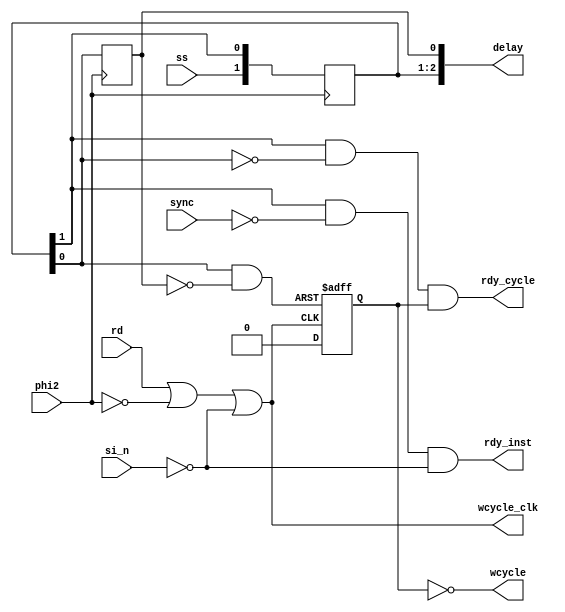
`timescale 1ns / 1ps
//////////////////////////////////////////////////////////////////////////////////
// 
// Design Name: 
// Module Name:    ss_core 
// Project Name: 
// Target Devices: Xilinx XC9500
// Tool versions:  Xilinx ISE 14.7
// Description: 
//
// Dependencies: 
//
// Revision: 
// Revision 0.01 - File Created
// Additional Comments: 
//
//////////////////////////////////////////////////////////////////////////////////
module ss_core(
    input phi2,           // 6502 PHI2 clock
    input sync,           // 6502 SYNC signal
    input rd,             // 6502 R//W signal
    input ss,             // Single step, active high
    input si_n,           // Single step instruction, active low
    output wcycle_clk,
    output wcycle,
    output rdy_cycle,     // RDY for a single cycle
    output rdy_inst,      // RDY until the next instruction
    output [1:3] delay
    );

    wire single_instruction;
    assign single_instruction = ! si_n;  // readability

    //
    // The single step module is stateful, driven primarily by the
    // ss, si_n and phi2 inputs.
    //
    // There is a chain of 3 D type FF's, wired up as a shift register.
    // It stores delayed versions of the ss input:
    // 000 - both buttons up
    // 100 - either button down (cycle 1)
    // 110 - either button down (cycle 2)
    // 111 - either button down (cycles 3+)
    // 011 - button released    (cycle 1)
    // 001 - button released    (cycle 2)
    reg [1:3] ss_delayed = 3'b000;

    always @(negedge phi2) begin
        ss_delayed[1] <= ss;
        ss_delayed[2] <= ss_delayed[1];
    end

    always @(posedge phi2) begin
        ss_delayed[3] <= ss_delayed[2];
    end

    // Assert the RDY signal so long as the SINGLE INSTRUCTION button is pressed and 
    // the 6502 has not yet cycled to the next instruction fetch.
    assign rdy_inst = ss_delayed[1] && ! sync && single_instruction;

    //
    // Mongrel FF at bottom of schematic appears to set/reset around read/write cycles.
    // It doesn't seem to work the way the manual describes it. Implementing it the same
    // way as the schematic. Maybe I'll nut it out in the future.
    //
    reg wc_n;
    wire wc_clk;
    wire wc_preset;

    assign wc_clk = (rd || ! phi2) || single_instruction;

    // Asserted during button down cycle 2
    assign wc_preset = ss_delayed[2] && ! ss_delayed[3];

    always @(posedge wc_preset or posedge wc_clk) begin
        if (wc_preset)
            wc_n <= 1'b1;
        else
            wc_n <= 1'b0;
    end

    assign rdy_cycle = ss_delayed[1] && ! ss_delayed[2] && wc_n;

    assign wcycle_clk = wc_clk;
    assign wcycle = ! wc_n;
    assign delay = ss_delayed;

endmodule